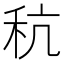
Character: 秔